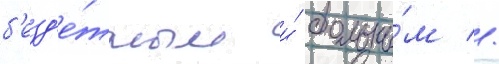
б'езд'е́тным и́ больны́м //